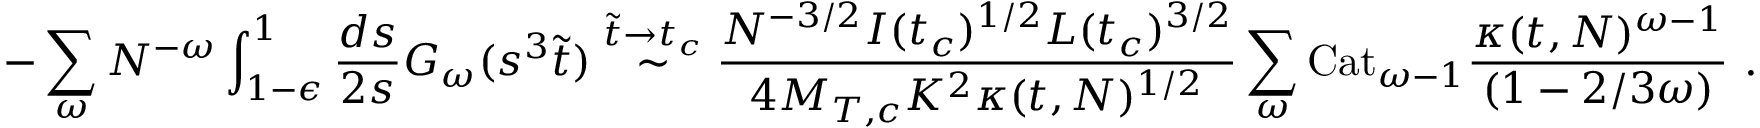
- \sum _ { \omega } N ^ { - \omega } \int _ { 1 - \epsilon } ^ { 1 } \frac { d s } { 2 s } G _ { \omega } ( s ^ { 3 } \tilde { t } ) \stackrel { \tilde { t } \rightarrow t _ { c } } { \sim } \frac { N ^ { - 3 / 2 } I ( t _ { c } ) ^ { 1 / 2 } L ( t _ { c } ) ^ { 3 / 2 } } { 4 M _ { T , c } K ^ { 2 } \kappa ( t , N ) ^ { 1 / 2 } } \sum _ { \omega } \mathrm { C a t } _ { \omega - 1 } \frac { \kappa ( t , N ) ^ { \omega - 1 } } { ( 1 - 2 / 3 \omega ) } \mathrm { ~ . }